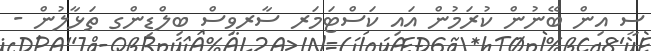
ސީ އިން ބޭނުން ކުރަމުން އައި ކަސްޓަމަރ ސާރވިސް ބިލްޑިންގ ތަޅާލުން -